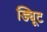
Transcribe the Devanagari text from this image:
ड्यिूट